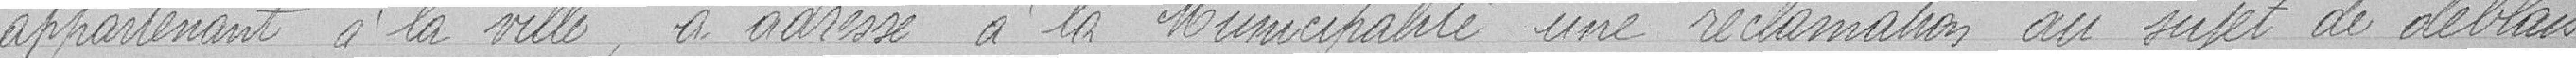
appartenant à la ville, à adressé à la municipalité une réclamation au sujet de déblais ,